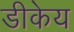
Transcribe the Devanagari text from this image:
डीकेय